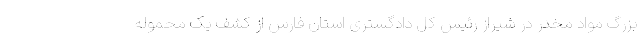
بزرگ مواد مخدر در شیراز رئیس کل دادگستری استان فارس از کشف یک محموله